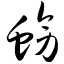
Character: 螃